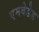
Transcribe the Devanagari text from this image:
एमबेडेड